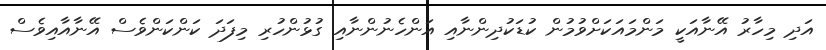
އަދި މިހާރު އޭނާއަކީ މަންމައަކަށްވުމުން ކުޑަކުދިންނާއި އަންހެނުންނާއި ގުޅުންހުރި މިފަދަ ކަންކަންވެސް އޭނާއާއިވެސް